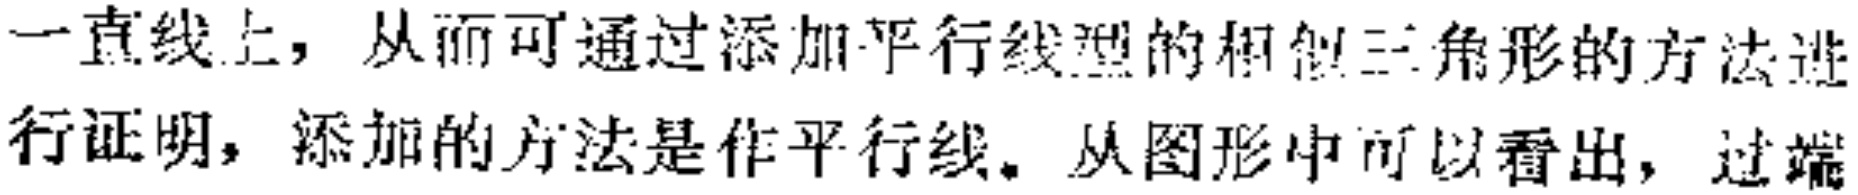
一直线上，从而可通过添加平行线型的相似三角形的方法进
行证明，添加的方法是作平行线。从图形中可以看出，过端